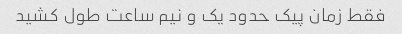
فقط زمان پیک حدود یک و نیم ساعت طول کشید